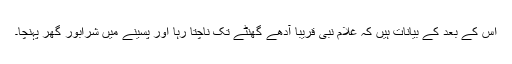
اس کے بعد کے بیانات ہیں کہ غلام نبی قریباّ آدھے گھنٹے تک ناچتا رہا اور پسینے میں شرابور گھر پہنچا۔